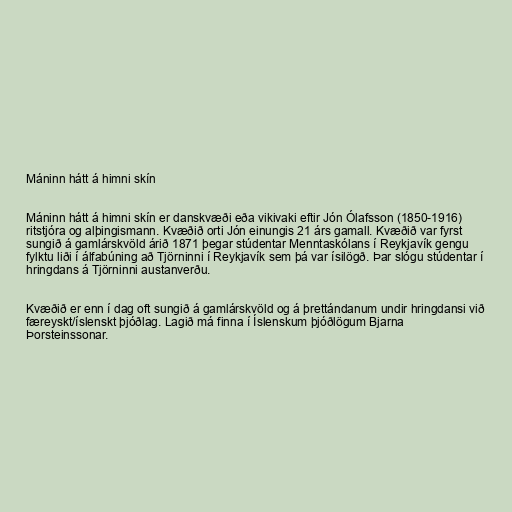
Máninn hátt á himni skín

Máninn hátt á himni skín er danskvæði eða vikivaki eftir Jón Ólafsson (1850-1916)
ritstjóra og alþingismann. Kvæðið orti Jón einungis 21 árs gamall. Kvæðið var fyrst
sungið á gamlárskvöld árið 1871 þegar stúdentar Menntaskólans í Reykjavík gengu
fylktu liði í álfabúning að Tjörninni í Reykjavík sem þá var ísilögð. Þar slógu stúdentar í
hringdans á Tjörninni austanverðu.

Kvæðið er enn í dag oft sungið á gamlárskvöld og á þrettándanum undir hringdansi við
færeyskt/íslenskt þjóðlag. Lagið má finna í Íslenskum þjóðlögum Bjarna
Þorsteinssonar.